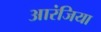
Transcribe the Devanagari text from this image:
आरंजिया